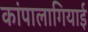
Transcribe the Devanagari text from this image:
कांपालागियाई